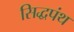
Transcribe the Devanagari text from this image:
सिद्धपंथ